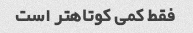
فقط کمی کوتاهتر است